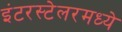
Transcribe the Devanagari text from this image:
इंटरस्टेलरमध्ये